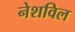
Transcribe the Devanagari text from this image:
नेशविल